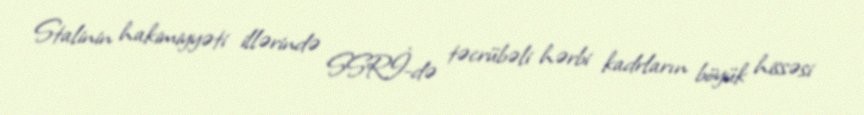
Stalinin hakimiyyəti illərində SSRİ-də təcrübəli hərbi kadrların böyük hissəsi